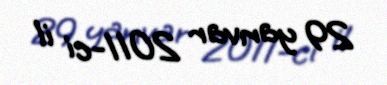
29 yanvar 2011-ci il